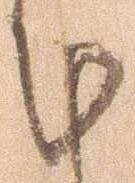
計